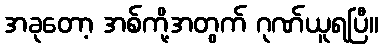
အခုတော့ အစ်ကို့အတွက် ဂုဏ်ယူရပြီ။